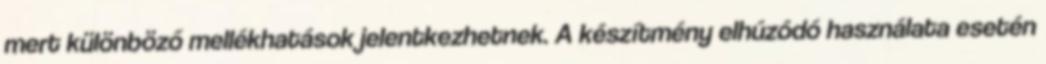
mert különböző mellékhatások jelentkezhetnek. A készítmény elhúzódó használata esetén